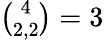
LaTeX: \textstyle{{\binom{4}{2,2}}=3}